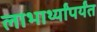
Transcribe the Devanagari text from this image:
लाभार्थ्यांपर्यंत